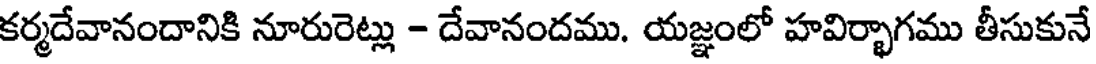
కర్మదేవానందానికి నూరురెట్లు - దేవానందము. యజ్ఞంలో హవిర్భాగము తీసుకునే